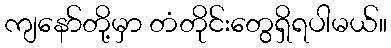
ကျနော်တို့မှာ တံတိုင်းတွေရှိရပါမယ်။